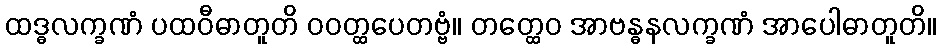
ထဒ္ဓလက္ခဏံ ပထဝီဓာတူတိ ဝဝတ္ထပေတဗ္ဗံ။ တတ္ထေဝ အာဗန္ဓနလက္ခဏံ အာပေါဓာတူတိ။